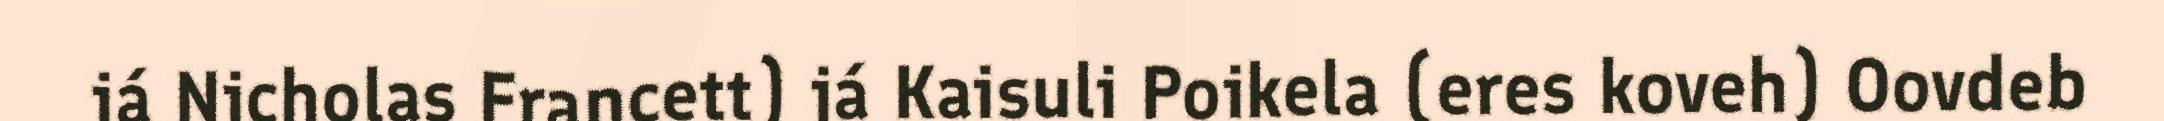
já Nicholas Francett) já Kaisuli Poikela (eres koveh) Oovdeb